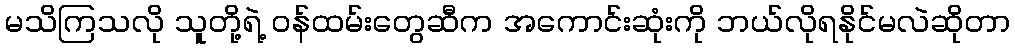
မသိကြသလို သူတို့ရဲ့ ဝန်ထမ်းတွေဆီက အကောင်းဆုံးကို ဘယ်လိုရနိုင်မလဲဆိုတာ